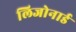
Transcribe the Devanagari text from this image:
लिजोनार्ड